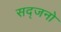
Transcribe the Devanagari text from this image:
सद्जनो